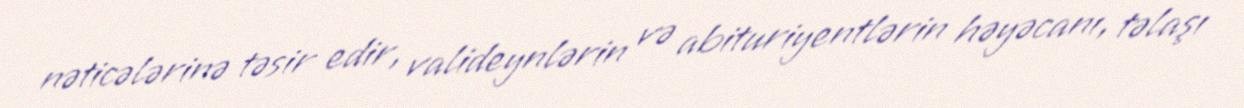
nəticələrinə təsir edir, valideynlərin və abituriyentlərin həyəcanı, təlaşı